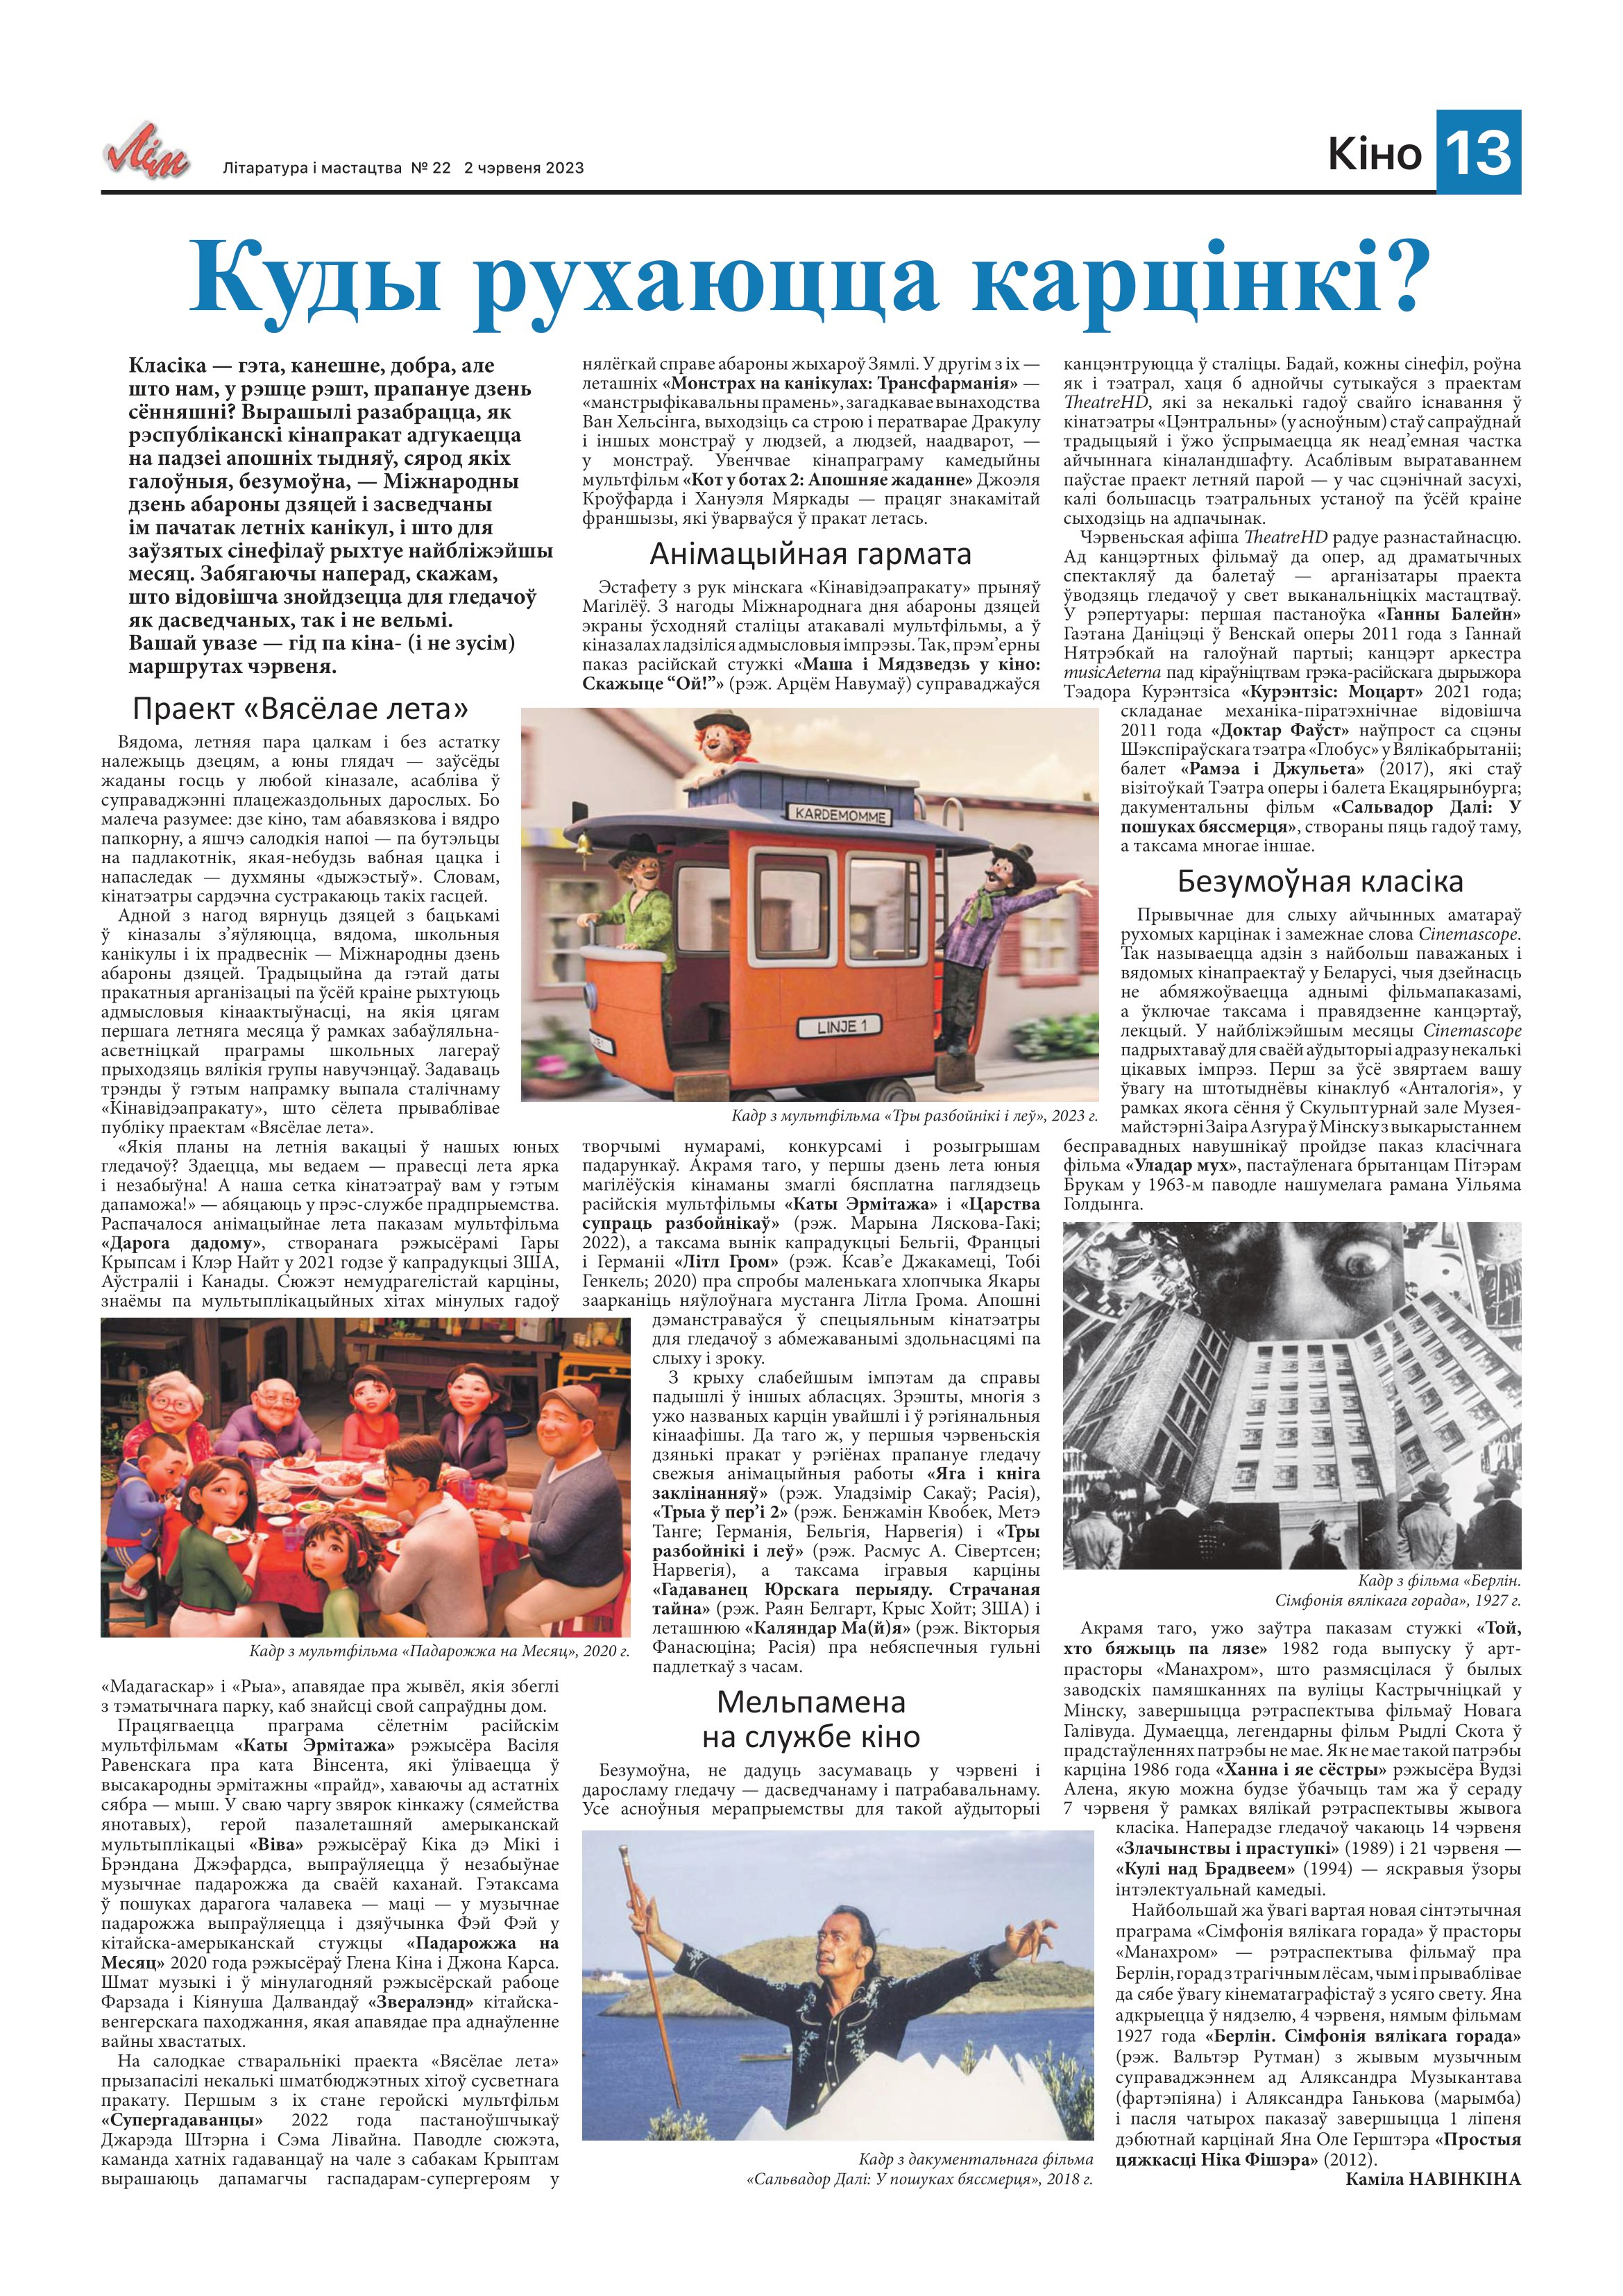
Language: be